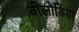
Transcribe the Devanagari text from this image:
बीलोडिया